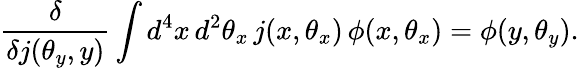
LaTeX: \frac{\delta}{\delta j(\theta_{y},y)}\int d^{4}x\, d^{2}\theta_{x}\, j(x,\theta_{x})\, \phi(x,\theta_{x})=\phi(y,\theta_{y}).